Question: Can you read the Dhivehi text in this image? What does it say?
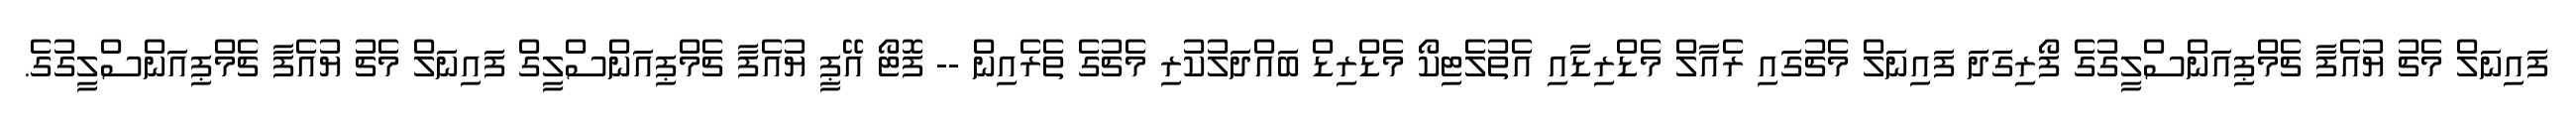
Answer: ފައިނަލް މެޗު ޔުއެފާ ޗެމްޕިއަންސްލީގުގެ ފޯރިގަދަ ފައިނަލް މެޗުގައި ރެއާލް މެޑްރިޑާއި އެތުލެޓިކޯ މެޑްރިޑް ބައްދަލުކުރި މެޗުގެ ތެރެއިން -- ފޮޓޯ އޭޕީ ޔުއެފާ ޗެމްޕިއަންސްލީގް ފައިނަލް މެޗު ޔުއެފާ ޗެމްޕިއަންސްލީގުގެ.